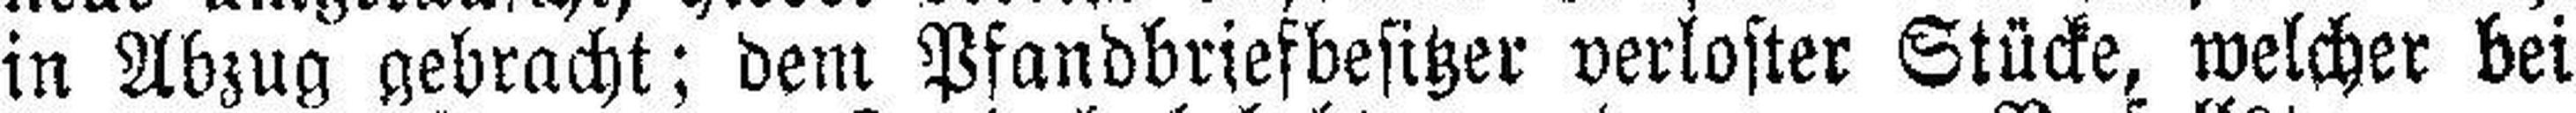
in Abzug gebracht; dem Pfandbriefbesitzer verloster Stücke, welcher bei